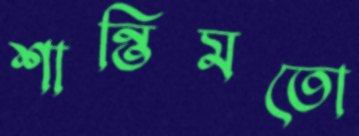
শান্তিমতো